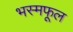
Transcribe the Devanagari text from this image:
भस्मफूल